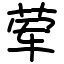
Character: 荤